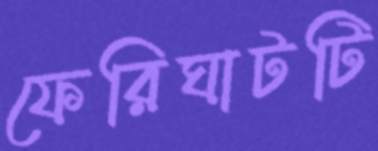
ফেরিঘাটটি